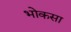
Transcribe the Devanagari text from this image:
भोकसा